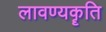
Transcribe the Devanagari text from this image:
लावण्यकॄति